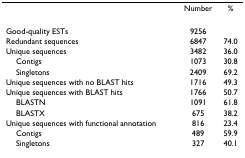
<table><thead><tr><td></td><td><b>Number</b></td><td><b>%</b></td></tr></thead><tbody><tr><td>Good-quality ESTs</td><td>9256</td><td></td></tr><tr><td>Redundant sequences</td><td>6847</td><td>74.0</td></tr><tr><td>Unique sequences</td><td>3482</td><td>36.0</td></tr><tr><td> Contigs</td><td>1073</td><td>30.8</td></tr><tr><td> Singletons</td><td>2409</td><td>69.2</td></tr><tr><td>Unique sequences with no BLAST hits</td><td>1716</td><td>49.3</td></tr><tr><td>Unique sequences with BLAST hits</td><td>1766</td><td>50.7</td></tr><tr><td> BLASTN</td><td>1091</td><td>61.8</td></tr><tr><td> BLASTX</td><td>675</td><td>38.2</td></tr><tr><td>Unique sequences with functional annotation</td><td>816</td><td>23.4</td></tr><tr><td> Contigs</td><td>489</td><td>59.9</td></tr><tr><td> Singletons</td><td>327</td><td>40.1</td></tr></tbody></table>